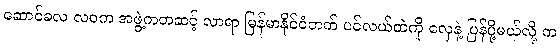
ဆောင်ခလ လဝက အဖွဲ့ကတဆင့် လာရာ မြန်မာနိုင်ငံဘက် ပင်လယ်ထဲကို လှေနဲ့ ပြန်ပို့မယ်လို့ က